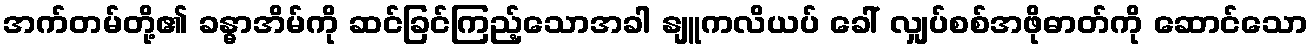
အက်တမ်တို့၏ ခန္ဓာအိမ်ကို ဆင်ခြင်ကြည့်သောအခါ နျူကလိယပ် ခေါ် လျှပ်စစ်အဖိုဓာတ်ကို ဆောင်သော